Annual report of the Central Committee of the Association together with the report of the directors of the Pasteur Institute at Kasauli
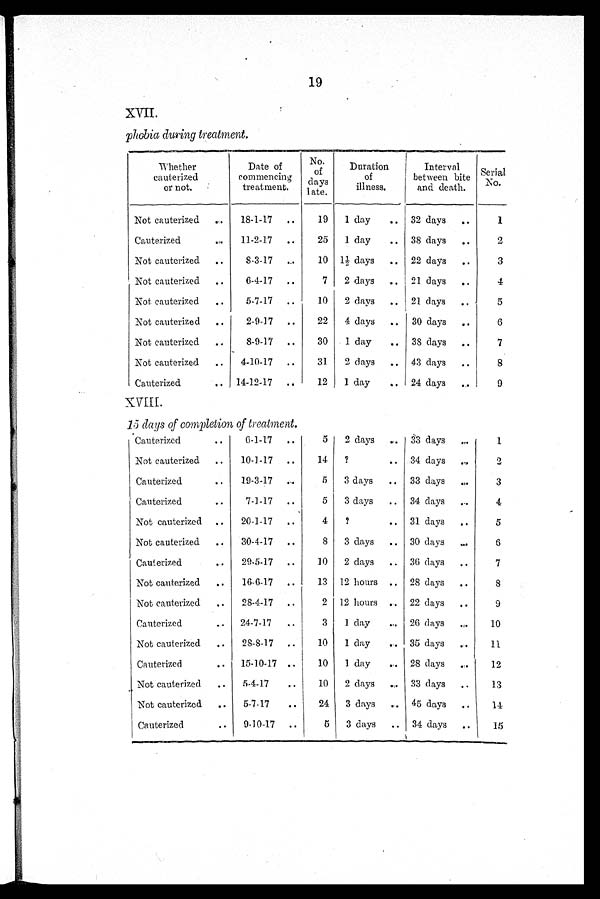
19
XVII.
phobia during treatment.
Whether
cauterized
or not.
Date of
commencing
treatment.
No. of days l at e.
Duration
of
illness.
Interval
between bite and death. Serial
No.
Not cauterized
18-1-17
19 1 day
32 days
1
Cauterized
11-2-17
25 1 day
38 days
2
Not cauterized
8-3-17
10 1½ days
22 days
3
Not cauterized
6-4-17
7 2 days
21 days
4
Not cauterized
5-7-17
10 2 days
21 days
5
Not cauterized
2-9-17
22 4 days
30 days
6
Not cauterized
8-9-17
30 1 day
38 days
7
Not cauterized
4-10-17
31 2 days
43 days
8
Cauterized
14-12-17
12 1 day
24 days
9
XVIII.
15 days of completion of treatment.
Cauterized
6-1-17
5 2 days
33 days
1
Not cauterized
10-1-17
14 ?
34 days
2
Cauterized
19-3-17
5 3 days
33 days
3
Cauterized
7-1-17
5 3 days
34 days
4
Not cauterized
20-1-17
4 ?
31 days
5
Not cauterized
30-4-17
8 3 days
30 days
6
Cauterized
29-5-17
10 2 days
36 days
7
Not cauterized
16-6-17
13 12 hours
28 days
8
Not cauterized
28-4-17
2 12 hours
22 days
9
Cauterized
24-7-17
3 1 day
26 days
10
Not cauterized
28-8-17
10 1 day
35 days
11
Cauterized
15-10-17
10 1 day
28 days
12
Not cauterized
5-4-17
10 2 days
33 days
13
Not cauterized
5-7-17
24 3 days
45 days
14
Cauterized
9-10-17
5 3 days
34 days
15